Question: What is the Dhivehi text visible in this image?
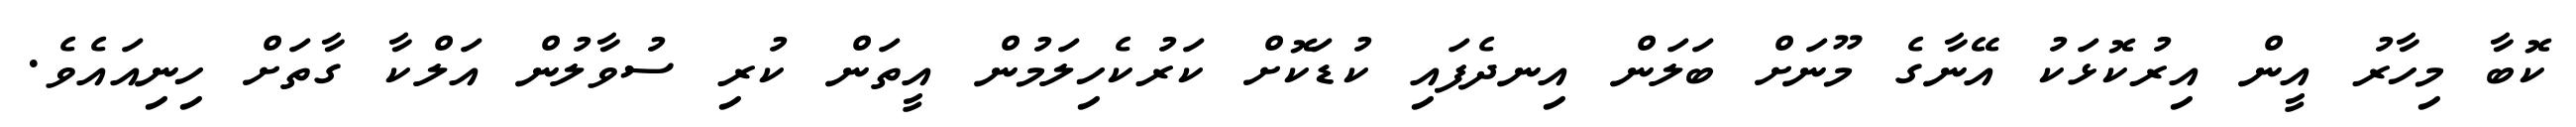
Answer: ކޮބާ މިހާރު އީން އިރުކޮޅަކު އޭނާގެ މޫނަށް ބަލަން އިނދެފައި ކުޑަކޮށް ކަރުކެހިލަމުން އީތަން ކުރި ސުވާލުން އަލްކާ ގާތަށް ހިނިއައެވެ.